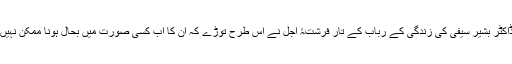
ڈاکٹر بشیر سیفی کی زندگی کے رباب کے تار فرشتۂ اجل نے اس طرح توڑے کہ ان کا اب کسی صورت میں بحال ہونا ممکن نہیں۔